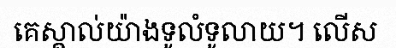
គេស្គាល់យ៉ាងទូលំទូលាយ។ លើស